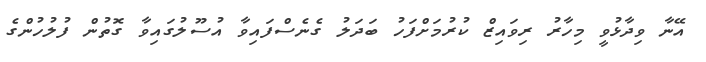
އޭނާ ވިދާޅުވީ މިހާރު ރިވައިޒް ކުރުމަށްފަހު ބަދަލު ގެނެސްފައިވާ އުސޫލުގައިވާ ގޮތުން ފުލުހުންގެ